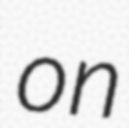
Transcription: on